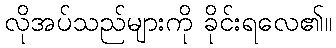
လိုအပ်သည်များကို ခိုင်းရလေ၏။